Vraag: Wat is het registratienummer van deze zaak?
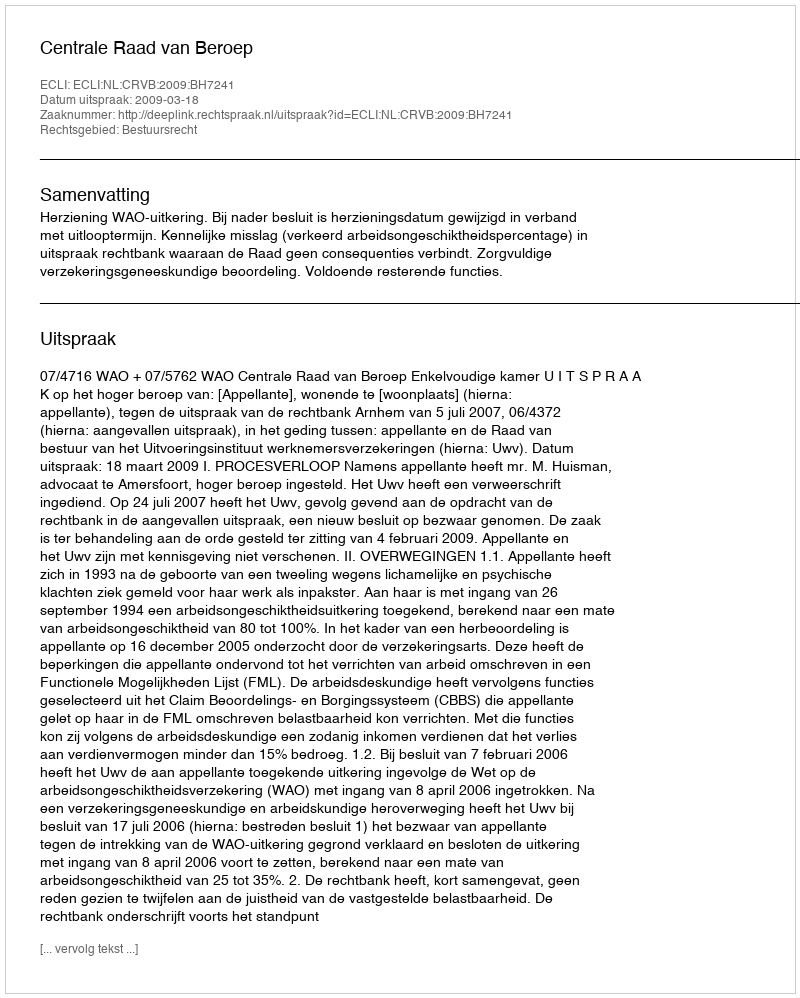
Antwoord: http://deeplink.rechtspraak.nl/uitspraak?id=ECLI:NL:CRVB:2009:BH7241